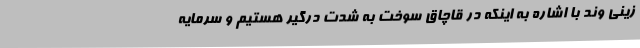
زینی وند با اشاره به اینکه در قاچاق سوخت به شدت درگیر هستیم و سرمایه